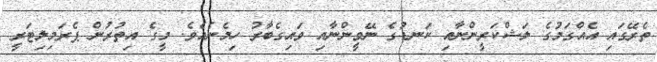
ތެރޭގައި އެއްގަމުގެ ލަޝްކަރީންނާއި ކަނޑުގެ ނޭވީންނާއި ވައިގެބާރު ހިމެނެއެވެ. މީގެ އިތުރުން ޕެރަމިލިޓަރީ